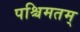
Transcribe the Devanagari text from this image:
पश्चिमतम्